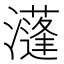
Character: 𤂧